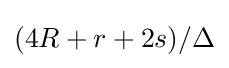
{\textstyle (4R+r+2s)/\Delta }